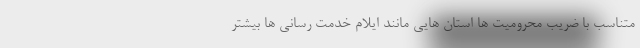
متناسب با ضریب محرومیت ها استان هایی مانند ایلام خدمت رسانی ها بیشتر